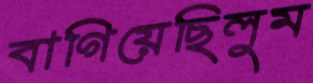
বাগিয়েছিলুম